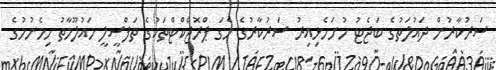
ސަރުކާރުން ދައުލަތުގެ ބަޖެޓު ހުށަހެޅިއިރު ސަރުކާރުގެ މެގަ ޕްރޮޖެކްޓްތަކުގެ ތަފްސީލީ މައުލޫމާތު ހިމެނުމުގެ